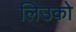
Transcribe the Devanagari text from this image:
लिउको